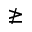
\ngeq